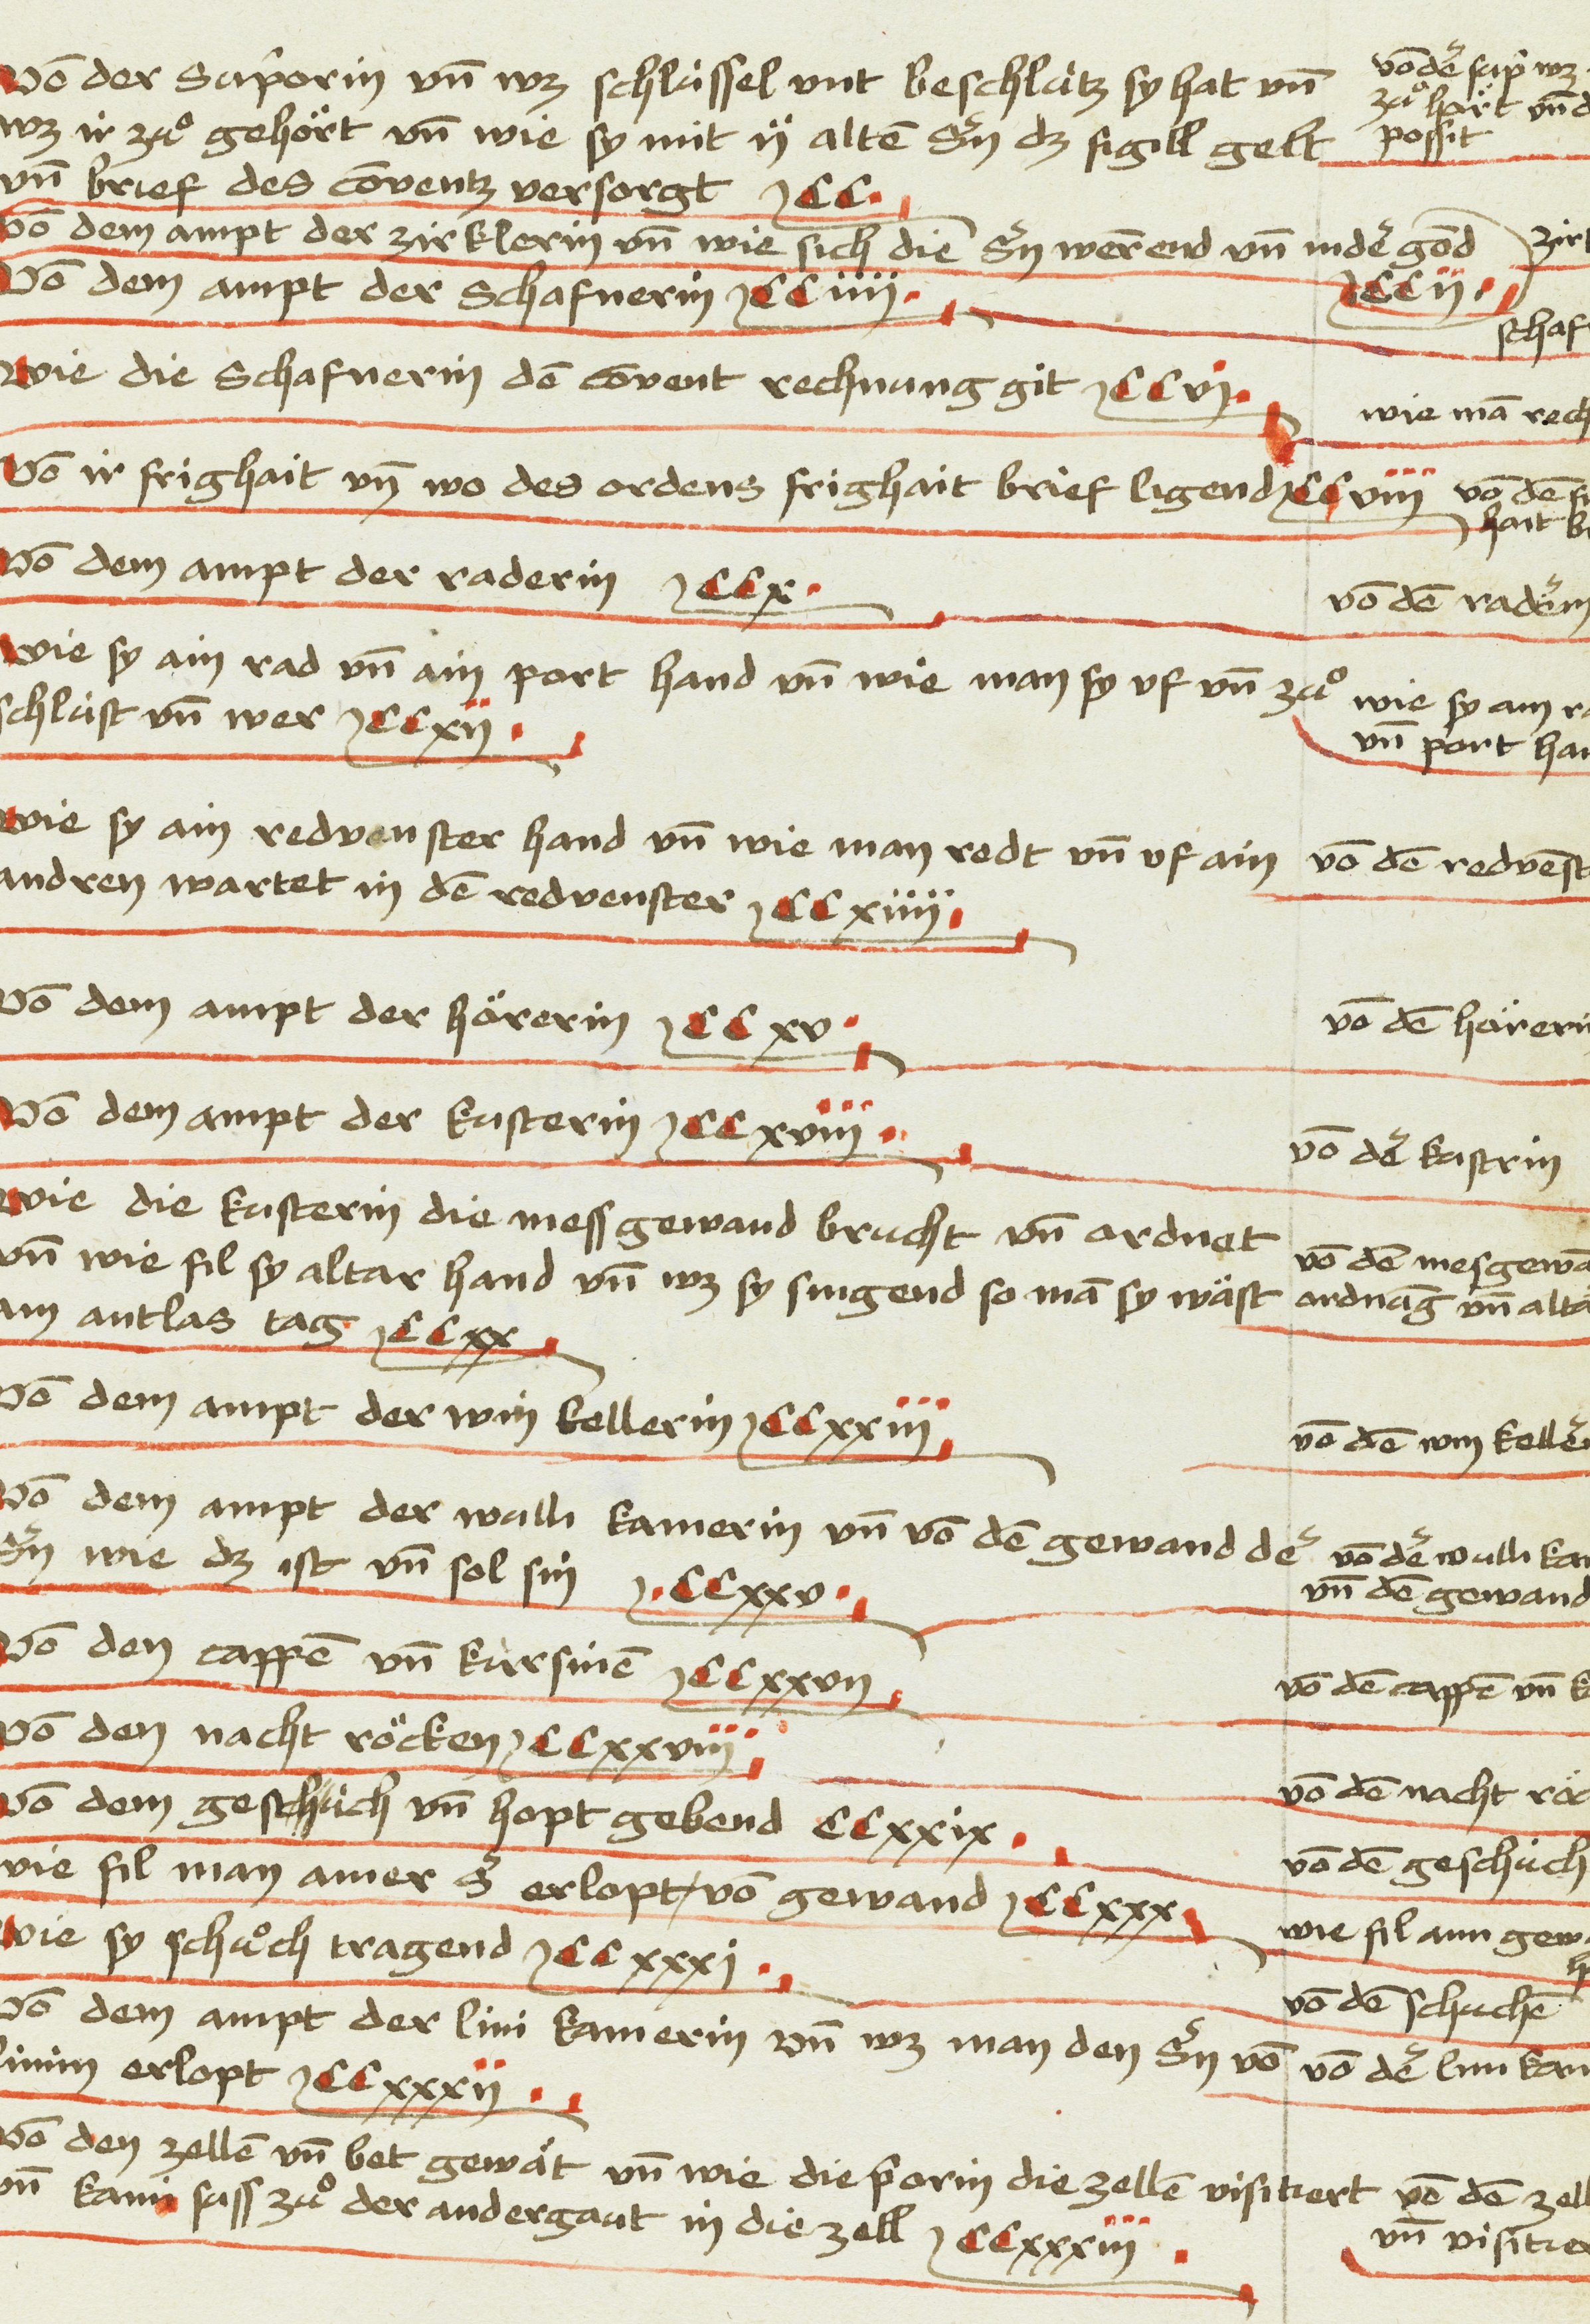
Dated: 1475–1485